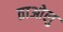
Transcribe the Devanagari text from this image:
ताओलु